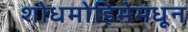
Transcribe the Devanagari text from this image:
शोधमोहिमेमधून